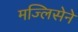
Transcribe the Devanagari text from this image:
मज्लिसेने